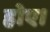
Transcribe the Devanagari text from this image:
होए।